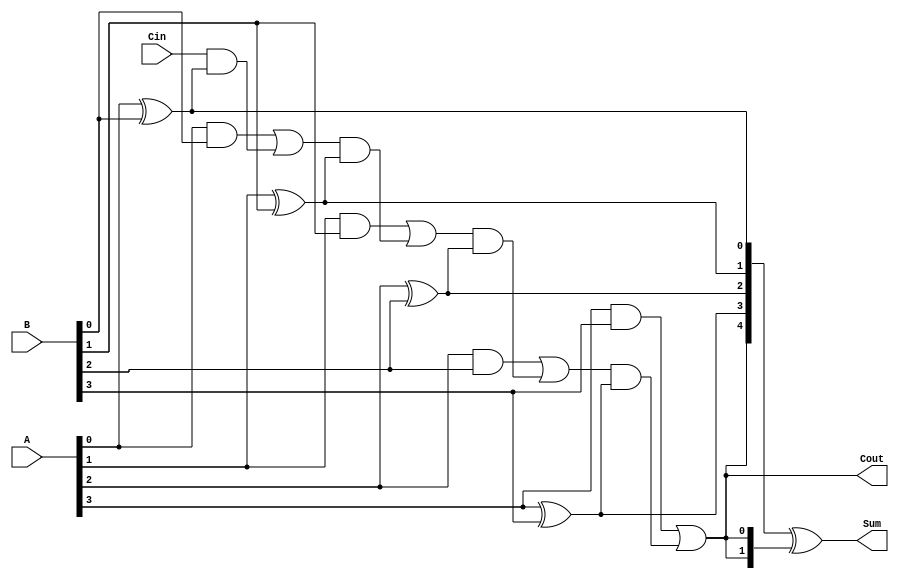
module conditional_sum_adder #(parameter N = 4) (
    input  [N-1:0] A,      // First operand
    input  [N-1:0] B,      // Second operand
    input  Cin,            // Carry input
    output [N:0] Sum,      // Sum output (N+1 bits)
    output Cout            // Carry output
);

    // Intermediate signals
    wire [N-1:0] S;        // Preliminary sum bits
    wire [N-1:0] C;        // Carry bits
    wire [N-1:0] C_cond;   // Conditional carry bits

    // Preliminary sum and carry computation
    genvar i;
    generate
        for (i = 0; i < N; i = i + 1) begin : sum_carry_gen
            assign S[i] = A[i] ^ B[i]; // Preliminary sum
            assign C[i] = A[i] & B[i]; // Carry from A and B
        end
    endgenerate

    // Conditional carry computation
    generate
        for (i = 0; i < N; i = i + 1) begin : carry_cond_gen
            if (i == 0) begin
                assign C_cond[i] = C[i] | (Cin & S[i]); // First block
            end else begin
                assign C_cond[i] = C[i] | (C_cond[i-1] & S[i]); // Subsequent blocks
            end
        end
    endgenerate

    // Final sum generation
    assign Sum = {C_cond[N-1], S} ^ {C_cond[N-1], C_cond[N-1:N-1]}; // Final sum with carry
    assign Cout = C_cond[N-1]; // Final carry out

endmodule